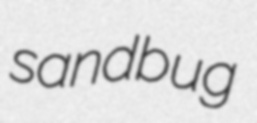
sandbug